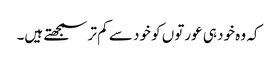
کہ وہ خود ہی عورتوں کو خود سے کم تر سمجھتے ہیں۔